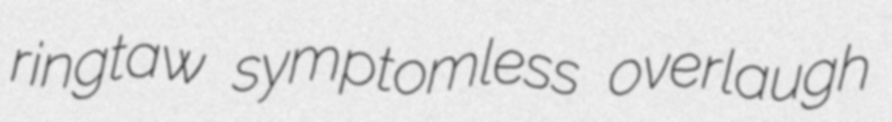
ringtaw symptomless overlaugh